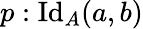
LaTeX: p:\mathrm{Id}_{A}(a,b)